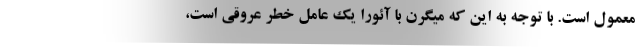
معمول است. با توجه به این که میگرن با آئورا یک عامل خطر عروقی است،